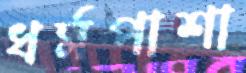
ধর্মপাশা